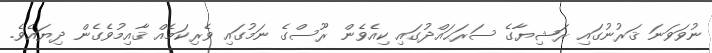
ނުވަވަނަ ޤަރުނުގައި ރަޝިޔާގެ ސަރަޙައްދުގައި ކިއެވެން ރޫސްގެ ނަމުގައި ވެރިކަމެއް ޤާއިމުވެގެން ދިޔައެވެ.